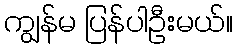
ကျွန်မ ပြန်ပါဦးမယ်။